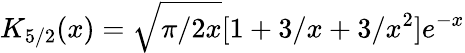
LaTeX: K_{5/2}(x)=\sqrt{\pi/2x}[1+3/x+3/x^{2}]e^{-x}